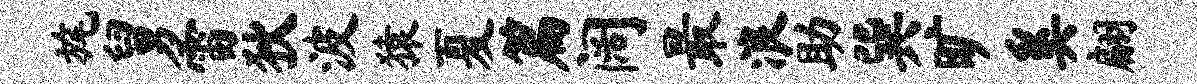
旄舅雷狄波猿夏篇阔最浪助巽旷奚翩